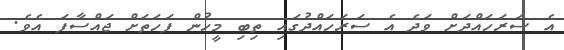
އެ ސަރަހައްދަށް ވަދެ އެ ސަރަހައްދުގައި ތިބި މީހުން ފަހަތަށް ޖައްސާފަ އެވެ.